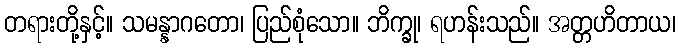
တရားတို့နှင့်။ သမန္နာဂတော၊ ပြည်စုံသော။ ဘိက္ခု၊ ရဟန်းသည်။ အတ္တဟိတာယ၊